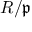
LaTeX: R / { \mathfrak { p } }